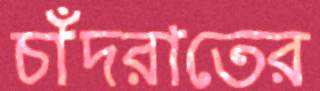
চাঁদরাতের